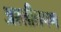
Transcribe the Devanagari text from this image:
अश्लीलपण